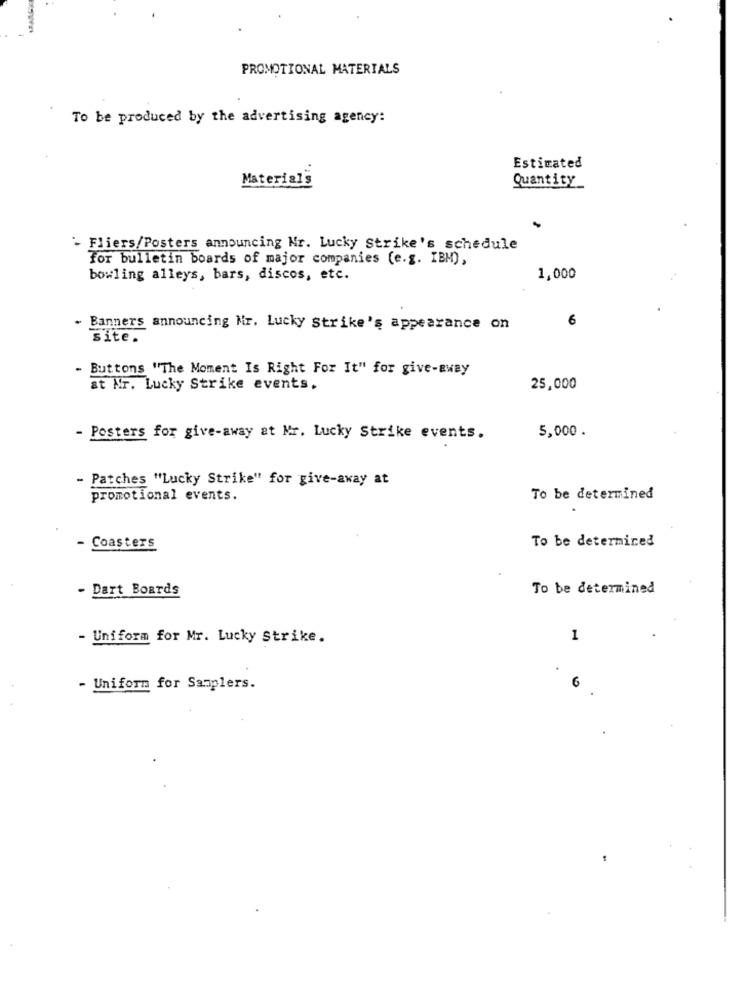
PROMOTIONAL MATERIALS
To be produced by the advertising agency:
Estimated
Material's
Quantity
'- Fliers/Posters announcing Mr. Lucky Strike's schedule
For bulletin boards of major companies (e.g. IBM),
bowling alleys, bars, discos, etc.
1,000
6
. Banners announcing Mr. Lucky Strike's appearance on
site.
- Buttons "The Moment Is Right For It" for give-away
at Mr. Lucky Strike events,
25,000
5,000
- Posters for give-away at Mr. Lucky Strike events.
- Patches "Lucky Strike" for give-away at
promotional events.
To be determined
To be determined
- Coasters
- Dart Boards
To be determined
- Uniform for Mr. Lucky Strike.
1
- Uniform for Samplers.